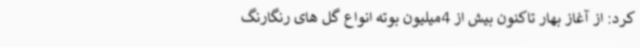
کرد: از آغاز بهار تاکنون بیش از 4میلیون بوته انواع گل های رنگارنگ